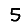
Digit: 5